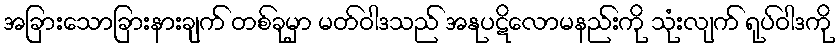
အခြားသောခြားနားချက် တစ်ခုမှာ မတ်ဝါဒသည် အနုပဋိလောမနည်းကို သုံးလျက် ရုပ်ဝါဒကို